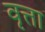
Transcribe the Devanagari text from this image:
वृत्ता